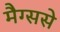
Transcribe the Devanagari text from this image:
मैग्ससे